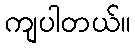
ကျပါတယ်။